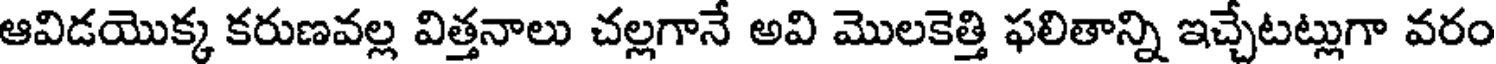
ఆవిడయొక్క కరుణవల్ల విత్తనాలు చల్లగానే అవి మొలకెత్తి ఫలితాన్ని ఇచ్చేటట్లుగా వరం